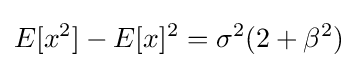
E[x^{2}]-E[x]^{2}=\sigma ^{2}(2+\beta ^{2})